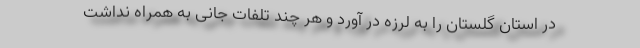
در استان گلستان را به لرزه در آورد و هر چند تلفات جانی به همراه نداشت